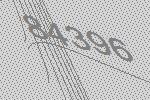
84396